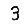
Digit: 3